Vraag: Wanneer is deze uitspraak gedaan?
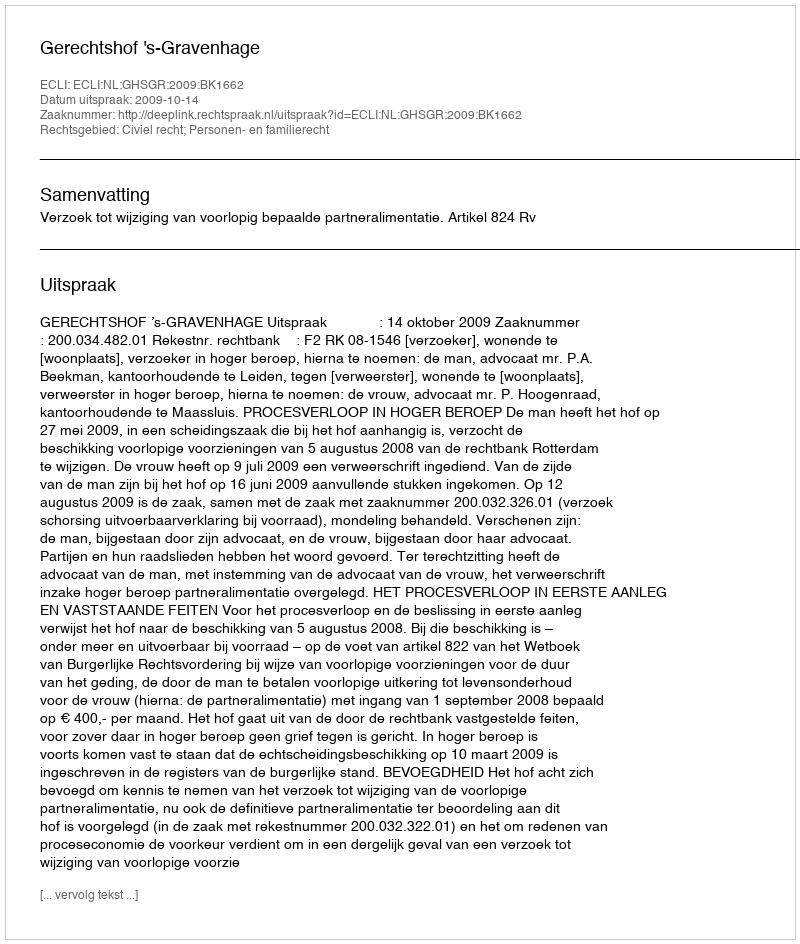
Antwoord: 2009-10-14